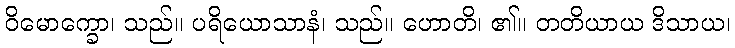
ဝိမောက္ခော၊ သည်။ ပရိယောသာနံ၊ သည်။ ဟောတိ၊ ၏။ တတိယာယ ဒိသာယ၊